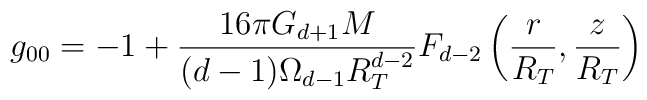
g_{00} = - 1 + \frac{16\pi G_{d+1} M}{(d-1)\Omega_{d-1} R_T^{d-2} }F_{d-2} \left( \frac{r}{R_T} , \frac{z}{R_T} \right)